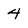
Character: 4